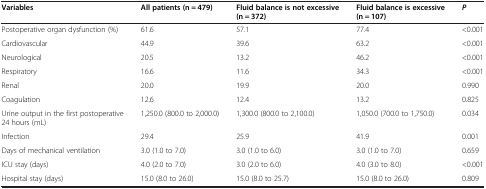
<table><thead><tr><td><b>Variables</b></td><td><b>All patients (n = 479)</b></td><td><b>Fluid balance is not excessive (n = 372)</b></td><td><b>Fluid balance is excessive (n = 107)</b></td><td><b><i>P</i></b></td></tr></thead><tbody><tr><td>Postoperative organ dysfunction (%)</td><td>61.6</td><td>57.1</td><td>77.4</td><td>&lt;0.001</td></tr><tr><td>Cardiovascular</td><td>44.9</td><td>39.6</td><td>63.2</td><td>&lt;0.001</td></tr><tr><td>Neurological</td><td>20.5</td><td>13.2</td><td>46.2</td><td>&lt;0.001</td></tr><tr><td>Respiratory</td><td>16.6</td><td>11.6</td><td>34.3</td><td>&lt;0.001</td></tr><tr><td>Renal</td><td>20.0</td><td>19.9</td><td>20.0</td><td>0.990</td></tr><tr><td>Coagulation</td><td>12.6</td><td>12.4</td><td>13.2</td><td>0.825</td></tr><tr><td>Urine output in the first postoperative 24 hours (mL)</td><td>1,250.0 (800.0 to 2,000.0)</td><td>1,300.0 (800.0 to 2,100.0)</td><td>1,050.0 (700.0 to 1,750.0)</td><td>0.034</td></tr><tr><td>Infection</td><td>29.4</td><td>25.9</td><td>41.9</td><td>0.001</td></tr><tr><td>Days of mechanical ventilation</td><td>3.0 (1.0 to 7.0)</td><td>3.0 (1.0 to 6.0)</td><td>3.0 (1.0 to 7.0)</td><td>0.659</td></tr><tr><td>ICU stay (days)</td><td>4.0 (2.0 to 7.0)</td><td>3.0 (2.0 to 6.0)</td><td>4.0 (3.0 to 8.0)</td><td>&lt;0.001</td></tr><tr><td>Hospital stay (days)</td><td>15.0 (8.0 to 26.0)</td><td>15.0 (8.0 to 25.7)</td><td>15.0 (8.0 to 26.0)</td><td>0.809</td></tr></tbody></table>